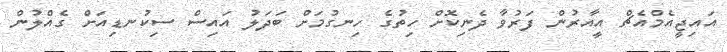
އައިޖީއެމްއެޗް އީއާރުން ފަރުވާ ދެނިކޮށް ހިތުގެ ހިނގުމަށް ބަދަލު އައިސް ސިކުނޑިއަށް ގެއްލުން